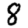
Digit: 8